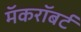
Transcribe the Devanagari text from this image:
मॅकरॉबर्ट